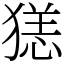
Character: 㺊